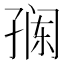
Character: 𭓎